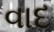
વાદ